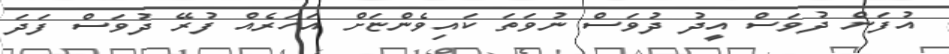
އުފަން ދުވަސް އީދު ދުވަސް ނުވަތަ ކައިވެންޏަށް އަހަރެއް ފުރޭ ދުވަސް ފަދަ